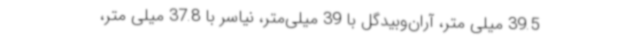
39.5 میلی متر، آران‌وبیدگل با 39 میلی‌متر، نیاسر با 37.8 میلی متر،